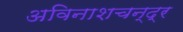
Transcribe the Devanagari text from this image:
अविनाशचन्द्र